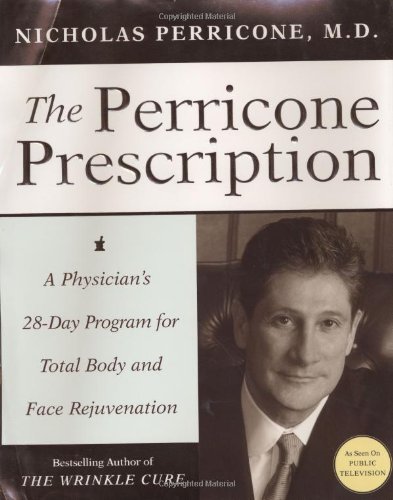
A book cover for The Perricone Prescription: A Physician's 28-Day Program for Total Body and Face Rejuvenation; Nicholas Perricone; Health, Fitness & Dieting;